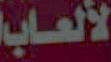
لألعاب